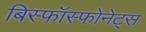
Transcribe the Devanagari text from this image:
बिस्फॉस्फोनेट्स